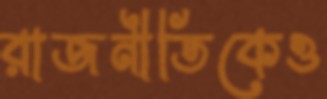
রাজনীতিকেও